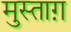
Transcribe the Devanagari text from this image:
मुस्ताग़